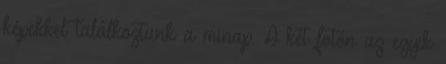
képekkel találkoztunk a minap. A két fotón az egyik